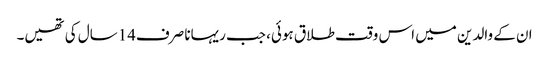
ان کے والدین میں اس وقت طلاق ہوئی، جب ریہانا صرف14سال کی تھیں۔